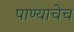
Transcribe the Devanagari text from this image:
पाण्याचेच